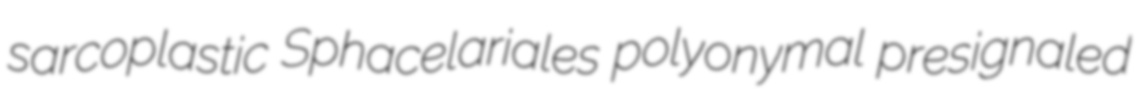
sarcoplastic Sphacelariales polyonymal presignaled